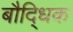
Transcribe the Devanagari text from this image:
बौदि्धक